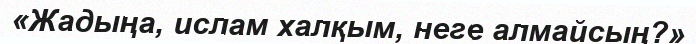
«Жадыңа, ислам халқым, неге алмайсың?»